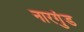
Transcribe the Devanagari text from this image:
नारगुंड